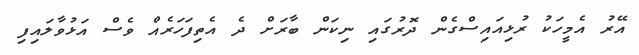
އޭރު އެމީހަކު ރުޅިއައިސްގެން ދޮރުގައި ނިކަން ބާރަށް ދެ އެތިފަހަރެއް ވެސް އަޅުވާލައިފި